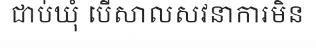
ជាប់ឃុំ បើសាលសវនាការមិន